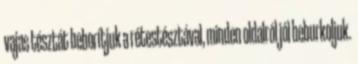
vajas tésztát beborítjuk a rétestésztával, minden oldalról jól beburkoljuk.